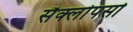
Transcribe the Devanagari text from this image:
सैक्लोपसो